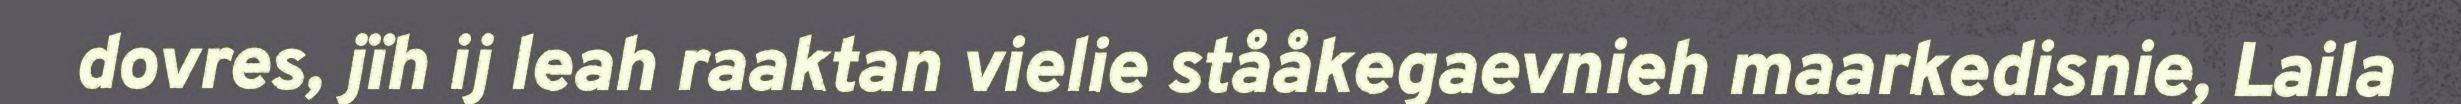
dovres, jïh ij leah raaktan vielie stååkegaevnieh maarkedisnie, Laila